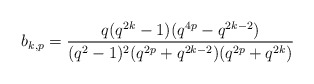
\begin{align*}b_{k,p} = \frac{q(q^{2k}-1)(q^{4p}-q^{2k-2})}{(q^2-1)^2(q^{2p}+q^{2k-2})(q^{2p}+q^{2k})}\end{align*}